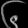
Digit: ၆